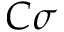
C \sigma